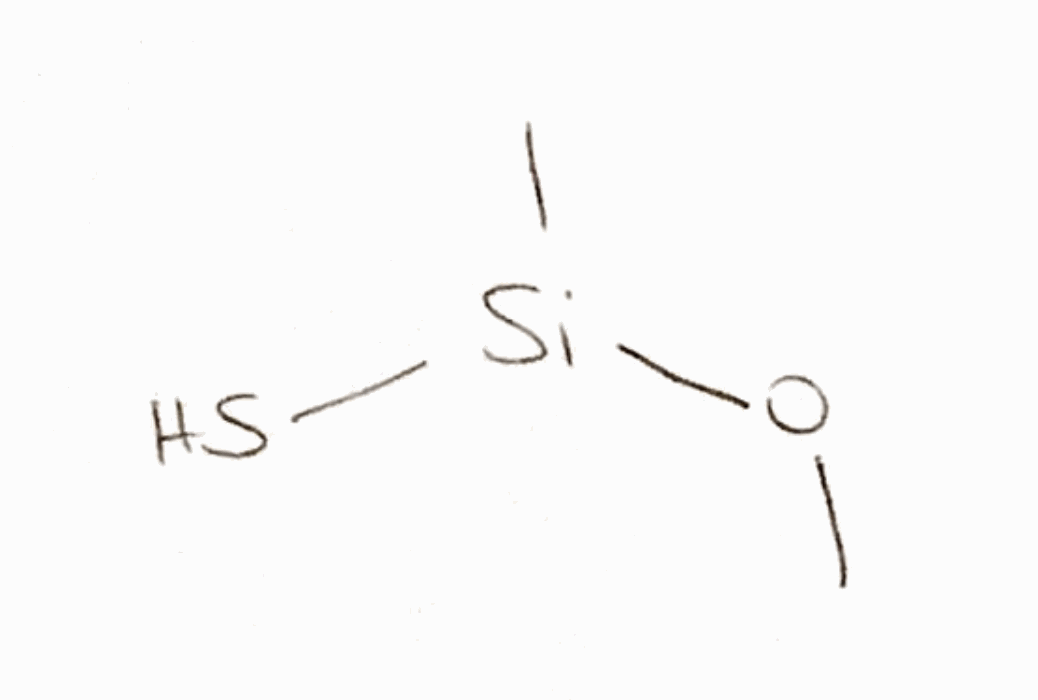
Simplified molecular-input line-entry system (SMILES) notation of the given molecule:
CO[Si](C)S